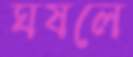
ঘষলে